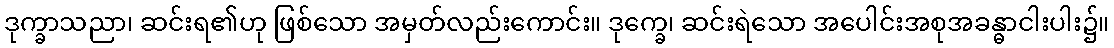
ဒုက္ခာသညာ၊ ဆင်းရ၏ဟု ဖြစ်သော အမှတ်လည်းကောင်း။ ဒုက္ခေ၊ ဆင်းရဲသော အပေါင်းအစုအခန္ဓာငါးပါး၌။